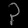
Digit: ၃